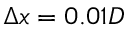
\Delta x = 0 . 0 1 D